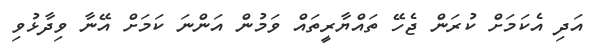
އަދި އެކަމަށް ކުރަން ޖެހޭ ތައްޔާރީތައް ވަމުން އަންނަ ކަމަށް އޭނާ ވިދާޅުވި